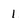
Character: 1